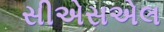
સીએસએલ